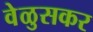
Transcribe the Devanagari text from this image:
वेळुसकर